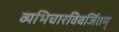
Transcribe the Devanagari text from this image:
व्यभिचारविवर्जितम्